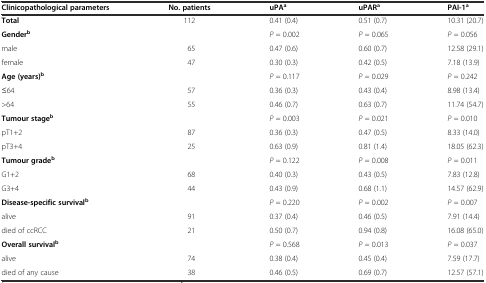
<table><thead><tr><td><b>Clinicopathological parameters</b></td><td><b>No. patients</b></td><td><b>uPA<sup>a</sup></b></td><td><b>uPAR<sup>a</sup></b></td><td><b>PAI-1<sup>a</sup></b></td></tr></thead><tbody><tr><td><b>Total</b></td><td>112</td><td>0.41 (0.4)</td><td>0.51 (0.7)</td><td>10.31 (20.7)</td></tr><tr><td><b>Gender</b><sup><b>b</b></sup></td><td></td><td><i>P</i> = 0.002</td><td><i>P</i> = 0.065</td><td><i>P</i> = 0.056</td></tr><tr><td>male</td><td>65</td><td>0.47 (0.6)</td><td>0.60 (0.7)</td><td>12.58 (29.1)</td></tr><tr><td>female</td><td>47</td><td>0.30 (0.3)</td><td>0.42 (0.5)</td><td>7.18 (13.9)</td></tr><tr><td><b>Age (years)</b><sup><b>b</b></sup></td><td></td><td><i>P</i> = 0.117</td><td><i>P</i> = 0.029</td><td><i>P</i> = 0.242</td></tr><tr><td>≤64</td><td>57</td><td>0.36 (0.3)</td><td>0.43 (0.4)</td><td>8.98 (13.4)</td></tr><tr><td>&gt;64</td><td>55</td><td>0.46 (0.7)</td><td>0.63 (0.7)</td><td>11.74 (54.7)</td></tr><tr><td><b>Tumour stage</b><sup><b>b</b></sup></td><td></td><td><i>P</i> = 0.003</td><td><i>P</i> = 0.021</td><td><i>P</i> = 0.010</td></tr><tr><td>pT1+2</td><td>87</td><td>0.36 (0.3)</td><td>0.47 (0.5)</td><td>8.33 (14.0)</td></tr><tr><td>pT3+4</td><td>25</td><td>0.63 (0.9)</td><td>0.81 (1.4)</td><td>18.05 (62.3)</td></tr><tr><td><b>Tumour grade</b><sup><b>b</b></sup></td><td></td><td><i>P</i> = 0.122</td><td><i>P</i> = 0.008</td><td><i>P</i> = 0.011</td></tr><tr><td>G1+2</td><td>68</td><td>0.40 (0.3)</td><td>0.43 (0.5)</td><td>7.83 (12.8)</td></tr><tr><td>G3+4</td><td>44</td><td>0.43 (0.9)</td><td>0.68 (1.1)</td><td>14.57 (62.9)</td></tr><tr><td><b>Disease-specific survival</b><sup><b>b</b></sup></td><td></td><td><i>P</i> = 0.220</td><td><i>P</i> = 0.002</td><td><i>P</i> = 0.007</td></tr><tr><td>alive</td><td>91</td><td>0.37 (0.4)</td><td>0.46 (0.5)</td><td>7.91 (14.4)</td></tr><tr><td>died of ccRCC</td><td>21</td><td>0.50 (0.7)</td><td>0.94 (0.8)</td><td>16.08 (65.0)</td></tr><tr><td><b>Overall survival</b><sup><b>b</b></sup></td><td></td><td><i>P</i> = 0.568</td><td><i>P</i> = 0.013</td><td><i>P</i> = 0.037</td></tr><tr><td>alive</td><td>74</td><td>0.38 (0.4)</td><td>0.45 (0.4)</td><td>7.59 (17.7)</td></tr><tr><td>died of any cause</td><td>38</td><td>0.46 (0.5)</td><td>0.69 (0.7)</td><td>12.57 (57.1)</td></tr></tbody></table>